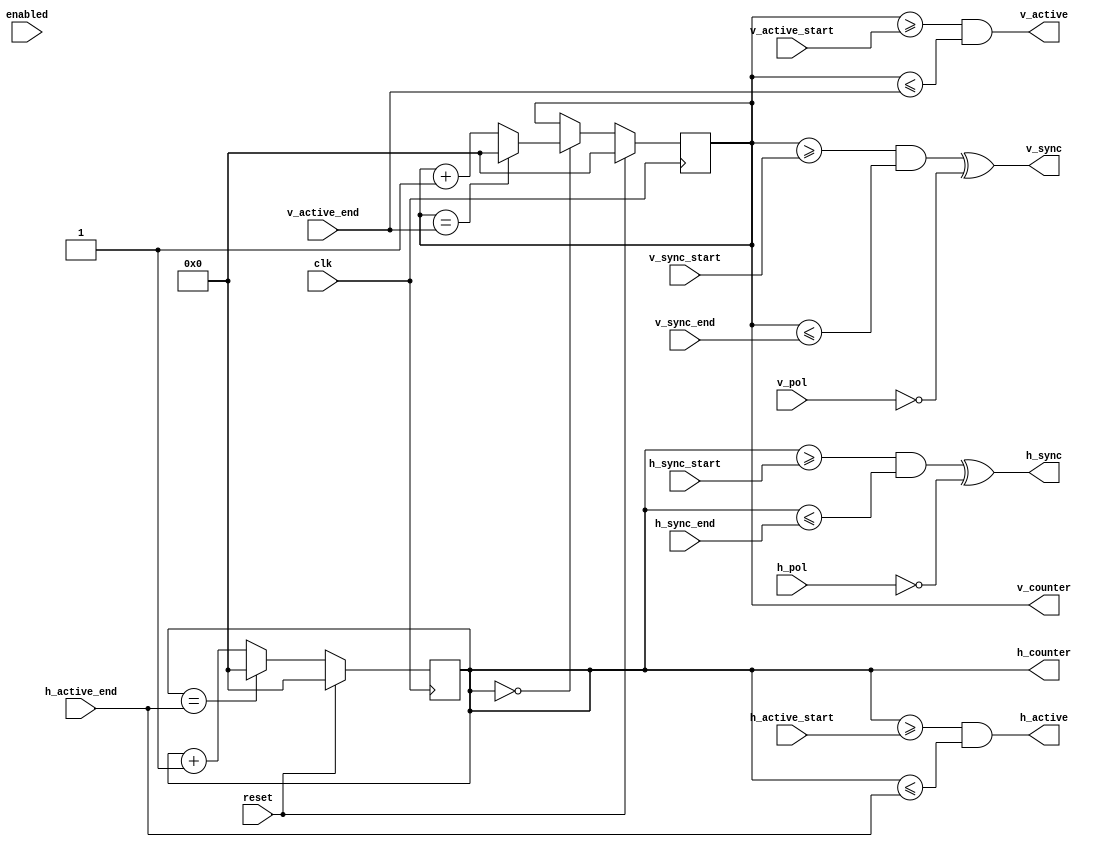
`default_nettype none
`timescale 1ns/1ns

module vga_timing (
    input clk,
    input reset,

    input enabled,

    input [9:0] h_sync_start,
    input [9:0] h_sync_end,
    input [9:0] h_active_start,
    input [9:0] h_active_end,
    input h_pol,

    input [9:0] v_sync_start,
    input [9:0] v_sync_end,
    input [9:0] v_active_start,
    input [9:0] v_active_end,
    input v_pol,

    output h_sync,
    output v_sync,
    output h_active,
    output v_active,

	output reg [9:0] h_counter,
	output reg [9:0] v_counter
);

	assign h_sync = (h_counter >= h_sync_start && h_counter <= h_sync_end) ^ ~h_pol;
	assign v_sync = (v_counter >= v_sync_start && v_counter <= v_sync_end) ^ ~v_pol;

	assign h_active = (h_counter >= h_active_start && h_counter <= h_active_end);
	assign v_active = (v_counter >= v_active_start && v_counter <= v_active_end);

	always @(posedge clk) begin
		if (reset) begin
			h_counter <= 10'b0;
			v_counter <= 10'b0;
		end else begin
			h_counter <= h_counter + 1'b1;

			if (h_counter == h_active_end) begin
				h_counter <= 10'b0;
			end

			if (h_counter == 0) begin
				v_counter <= v_counter + 1'b1;

				if (v_counter == v_active_end) begin
					v_counter <= 10'b0;
				end
			end
		end
	end

endmodule